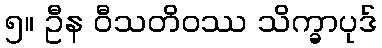
၅။ ဦန ဝီသတိဝဿ သိက္ခာပုဒ်